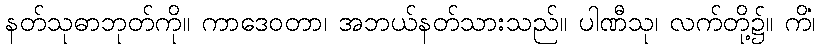
နတ်သုဓာဘုတ်ကို။ ကာဒေဝတာ၊ အဘယ်နတ်သားသည်။ ပါဏီသု၊ လက်တို့၌။ ကိံ၊